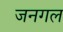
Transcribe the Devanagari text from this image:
जनगल